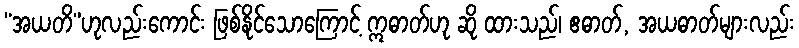
“အယတိ”ဟုလည်းကောင်း ဖြစ်နိုင်သောကြောင့် ဣဓာတ်ဟု ဆို ထားသည်၊ ဧဓာတ်, အယဓာတ်များလည်း